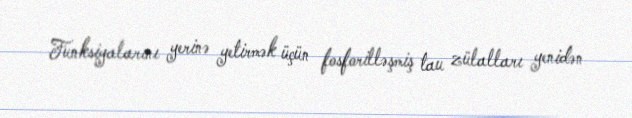
Funksiyalarını yerinə yetirmək üçün fosforilləşmiş tau zülalları yenidən